Subject: math
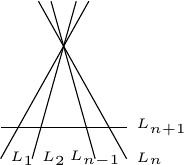
LaTeX code:
     \begin{tikzpicture}[scale=.8]

\draw (-.4,2)  -- (1,-.5)node[right]{\tiny $L_n$};
\draw (-.2,2) -- (.5,-.5)node{\tiny $L_{n-1}$};
\draw (.2,2) -- (-.5,-.5)node[above,right]{\tiny $L_2$};
\draw (.4,2) -- (-1,-.5)node[above,right]{\tiny $L_1$};

\draw (-1,0) -- (1,0) node[right]{\tiny $L_{n+1}$};

\end{tikzpicture}